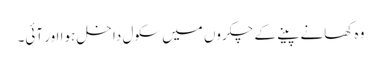
وہ کھانے پینے کے چکروں میں سکول داخل ہوا اور آئی۔